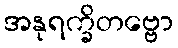
အနုရက္ခိတဗ္ဗော